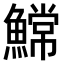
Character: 𫙲